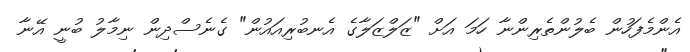
އެންމެފަހުން ބެލުންތެރިންނާ ހަމަ އަށް "ޒަލްޒަލާގެ އެނބުރިއައުން" ގެނެސްދިން ނިމާލު ބުނީ އޭނާ